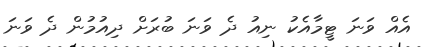
އެއް ވަނަ ޓީމާއެކު ނިއު ދެ ވަނަ ބުރަށް ދިއުމުން ދެ ވަނަ